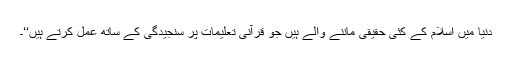
دنیا میں اسلام کے کئی حقیقی ماننے والے ہیں جو قرآنی تعلیمات پر سنجیدگی کے ساتھ عمل کرتے ہیں‘‘۔